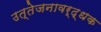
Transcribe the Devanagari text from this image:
उत्तेजनावर्द्धक